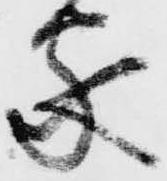
家